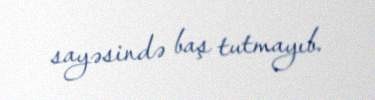
sayəsində baş tutmayıb.